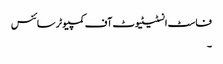
فاسٹ انسٹیٹیوٹ آف کمپیوٹر سائنس
۔